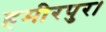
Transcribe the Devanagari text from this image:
हमीरपुर।